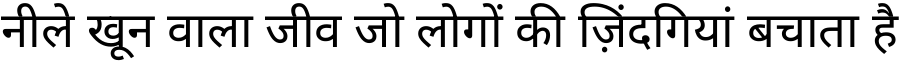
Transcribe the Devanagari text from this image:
नीले खून वाला जीव जो लोगों की ज़िंदगियां बचाता है